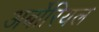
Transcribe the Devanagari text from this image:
अर्बोरियल